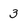
Character: 3